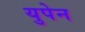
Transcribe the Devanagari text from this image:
युपेन